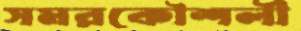
সমরকৌশলী